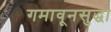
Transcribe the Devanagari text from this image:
गमावूनसुद्धा